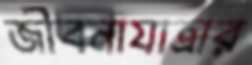
জীবনাযাত্রার